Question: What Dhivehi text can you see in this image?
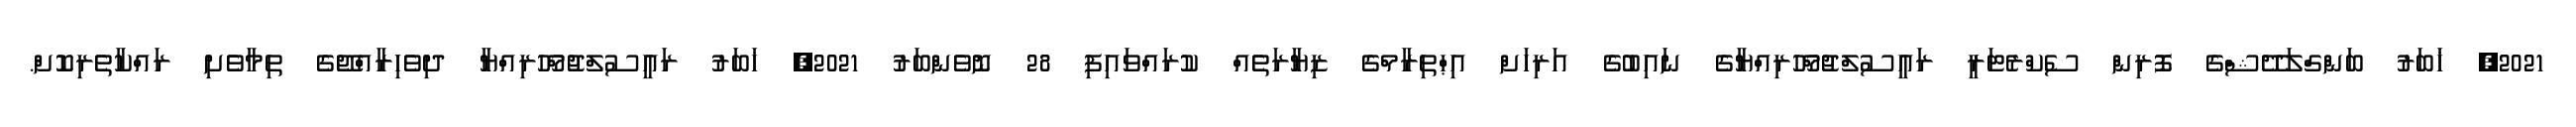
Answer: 2021, ޚަބަރު ބަންގްލަދޭޝްގެ ފޮރިން ސެކްރެޓަރީ ރައީސުލްޖުމްހޫރިއްޔާގެ ނައިބުގެ އަރިހަށް އިޙްތިރާމްގެ ޒިޔާރަތެއް ކުރައްވައިފި 28 ނޮވެންބަރު 2021, ޚަބަރު ރައީސުލްޖުމްހޫރިއްޔާ ދިވެހިރާއްޖޭގެ ތިމާވެށި ރައްކާތެރިކޮށް.